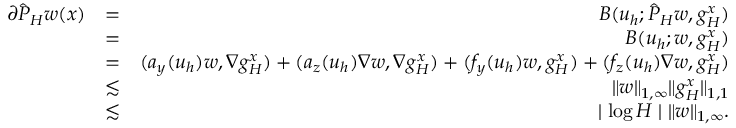
\begin{array} { r l r } { \partial \hat { P } _ { H } w ( { \boldsymbol { x } } ) } & { = } & { B ( u _ { h } ; \hat { P } _ { H } w , g _ { H } ^ { \boldsymbol { x } } ) } \\ & { = } & { B ( u _ { h } ; w , g _ { H } ^ { \boldsymbol { x } } ) } \\ & { = } & { ( \boldsymbol { a } _ { y } ( u _ { h } ) w , \nabla g _ { H } ^ { \boldsymbol { x } } ) + ( \boldsymbol { a } _ { \boldsymbol { z } } ( u _ { h } ) \nabla w , \nabla g _ { H } ^ { \boldsymbol { x } } ) + ( f _ { y } ( u _ { h } ) w , g _ { H } ^ { \boldsymbol { x } } ) + ( f _ { \boldsymbol { z } } ( u _ { h } ) \nabla w , g _ { H } ^ { \boldsymbol { x } } ) } \\ & { \lesssim } & { \| w \| _ { 1 , \infty } \| g _ { H } ^ { \boldsymbol { x } } \| _ { 1 , 1 } } \\ & { \lesssim } & { \mid \log H \mid \| w \| _ { 1 , \infty } . } \end{array}